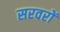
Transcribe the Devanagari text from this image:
सरवरों